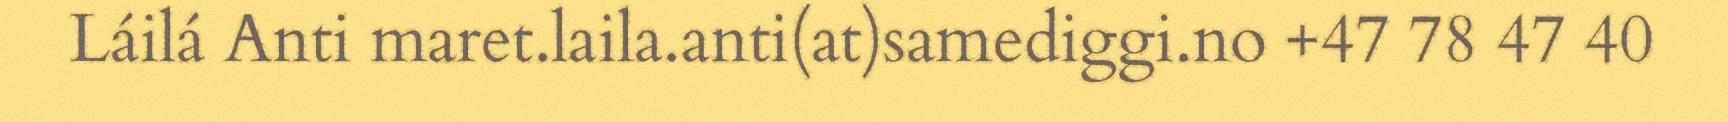
Láilá Anti maret.laila.anti(at)samediggi.no +47 78 47 40